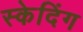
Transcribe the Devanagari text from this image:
स्केदिंग